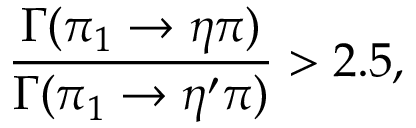
{ \frac { \Gamma ( \pi _ { 1 } \to \eta \pi ) } { \Gamma ( \pi _ { 1 } \to \eta ^ { \prime } \pi ) } } > 2 . 5 ,